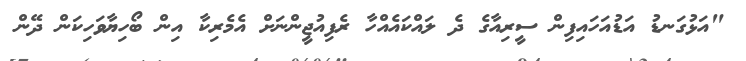
"އަޅުގަނޑު އަޑުއަހައިފިން ސީރިއާގެ ދެ ލައްކައެއްހާ ރެފިއުޖީންނަށް އެމެރިކާ އިން ބޯހިޔާވަހިކަން ދޭން